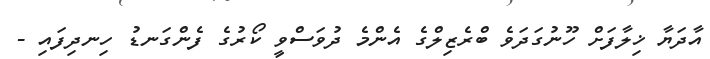
އާދަޔާ ޚިލާފަށް ހޫނުގަދަވެ ބްރެޒިލްގެ އެންމެ ދުވަސްވީ ކޯރުގެ ފެންގަނޑު ހިނދިފައި -